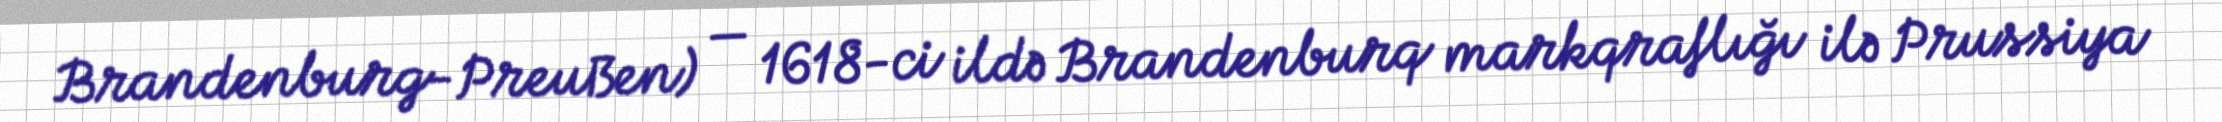
Brandenburg-Preußen) — 1618-ci ildə Brandenburq markqraflığı ilə Prussiya